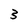
Character: 3